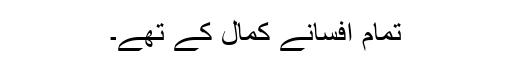
تمام افسانے کمال کے تھے۔